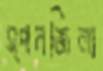
স্পনজিলা